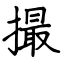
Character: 撮